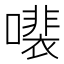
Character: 𫬍